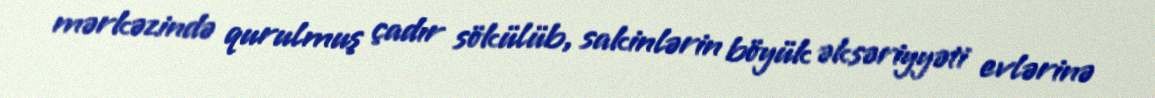
mərkəzində qurulmuş çadır sökülüb, sakinlərin böyük əksəriyyəti evlərinə